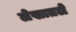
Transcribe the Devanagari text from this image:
लेखातले